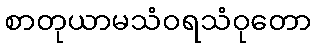
စာတုယာမသံဝရသံဝုတော